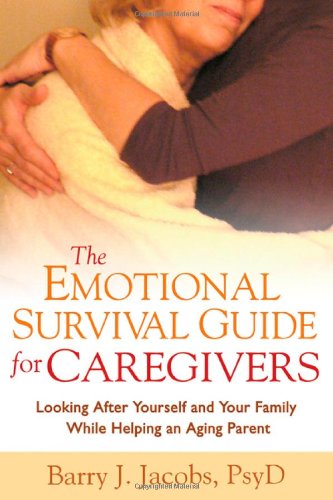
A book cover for The Emotional Survival Guide for Caregivers: Looking After Yourself and Your Family While Helping an Aging Parent; Barry J. Jacobs; Parenting & Relationships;